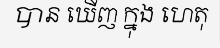
បាន ឃើញ ក្នុង ហេតុ